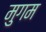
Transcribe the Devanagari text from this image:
मुगम